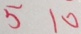
5 1 0